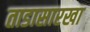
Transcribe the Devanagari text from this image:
ताडासारखा